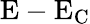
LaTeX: \mathrm{E-E_{C}}